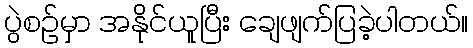
ပွဲစဉ်မှာ အနိုင်ယူပြီး ချေဖျက်ပြခဲ့ပါတယ်။